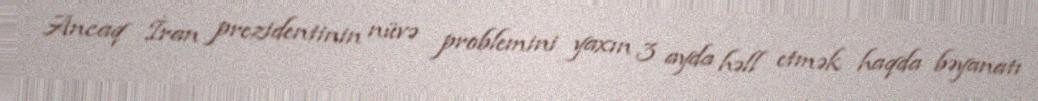
Ancaq İran prezidentinin nüvə problemini yaxın 3 ayda həll etmək haqda bəyanatı